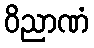
ဝိညာဏံ